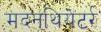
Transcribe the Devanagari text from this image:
मदनथियेटर्र